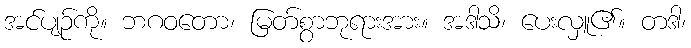
အင်ပျဉ်ကို။ ဘဂဝတော၊ မြတ်စွာဘုရားအား။ အဒါသိ၊ ပေးလှူ၏။ တဒါ၊